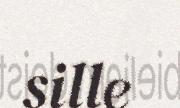
sille